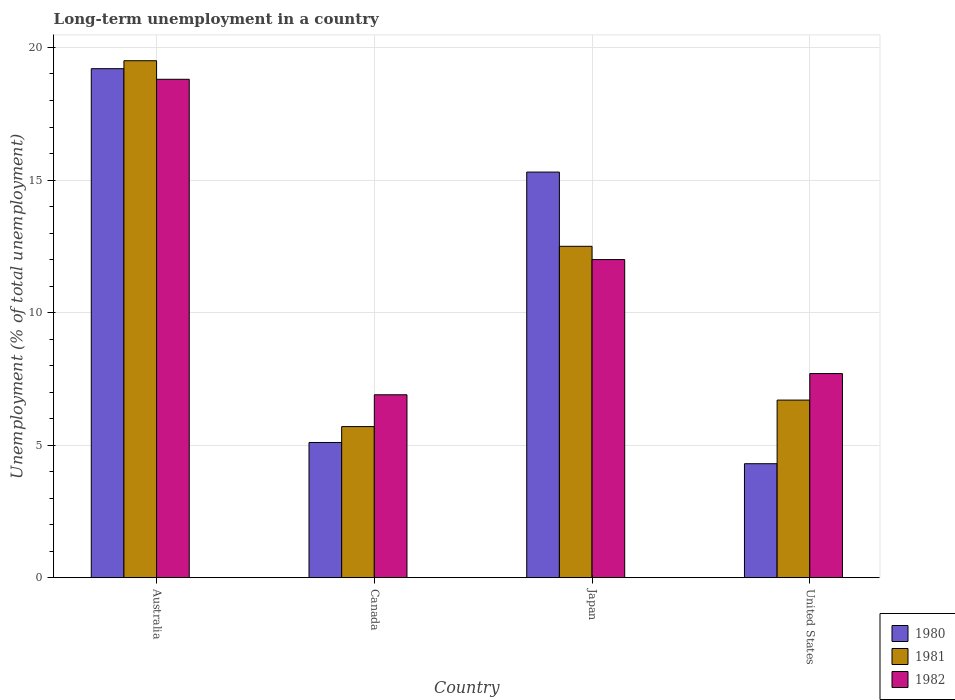
| Country | 1980 | 1981 | 1982 |
 | --- | --- | --- | --- |
 | Australia | 19.2 | 19.5 | 18.8 |
 | Canada | 5.1 | 5.7 | 6.9 |
 | Japan | 15.3 | 12.5 | 12 |
 | United States | 4.3 | 6.7 | 7.7 |